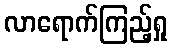
လာရောက်ကြည့်ရှု